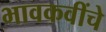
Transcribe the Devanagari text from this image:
भावकवींचे